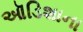
ઑડિશાના